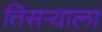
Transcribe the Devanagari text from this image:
तिसर्‍याला